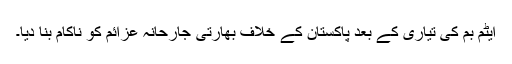
ایٹم بم کی تیاری کے بعد پاکستان کے خلاف بھارتی جارحانہ عزائم کو ناکام بنا دیا۔